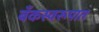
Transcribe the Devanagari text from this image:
बँकस्वरूपात